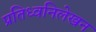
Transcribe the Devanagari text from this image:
प्रतिध्वनिलेखन